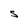
Character: S